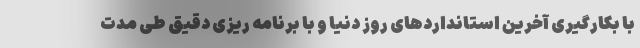
با بکارگیری آخرین استانداردهای روز دنیا و با برنامه ریزی دقیق طی مدت